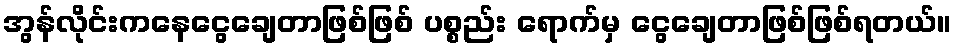
အွန်လိုင်းကနေငွေချေတာဖြစ်ဖြစ် ပစ္စည်း ရောက်မှ ငွေချေတာဖြစ်ဖြစ်ရတယ်။